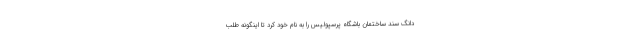
دانگ سند ساختمان باشگاه پرسپولیس را به نام خود کرد تا اینگونه طلب